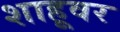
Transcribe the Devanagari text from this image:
शाहूवर